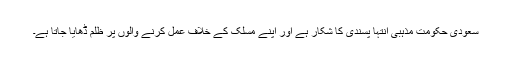
سعودی حکومت مذہبی انتہا پسندی کا شکار ہے اور اپنے مسلک کے خلاف عمل کرنے والوں پر ظلم ڈھایا جاتا ہے۔